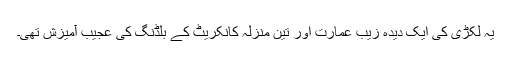
یہ لکڑی کی ایک دیدہ زیب عمارت اور تین منزلہ کانکریٹ کے بلڈنگ کی عجیب آمیزش تھی۔